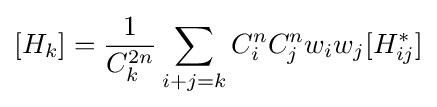
[H_{k}]={\frac {1}{C_{k}^{2n}}}\sum \limits _{i+j=k}{C_{i}^{n}C_{j}^{n}w_{i}w_{j}[H_{ij}^{\ast }]}